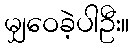
မျှဝေခဲ့ပါဦး။